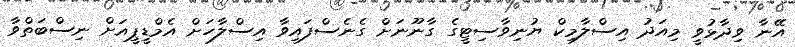
އޭނާ ވިދާޅުވީ މިއަދު އިސްލާމިކް ޔުނިވާސިޓީގެ ގާނޫނަށް ގެނެސްފައިވާ އިސްލާހަށް އެމްޑީޕީއަށް ނިސްބަތްވާ